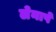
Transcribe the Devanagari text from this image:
लेनापे